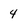
Character: 4